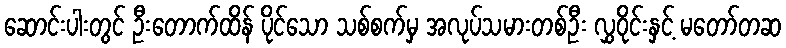
ဆောင်းပါးတွင် ဦးတောက်ထိန် ပိုင်သော သစ်စက်မှ အလုပ်သမားတစ်ဦး လွှဝိုင်းနှင့် မတော်တဆ